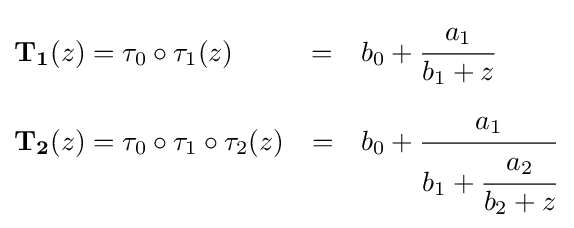
{\begin{aligned}{\boldsymbol {\mathrm {T} }}_{\boldsymbol {1}}(z)&=\tau _{0}\circ \tau _{1}(z)&=&\quad b_{0}+{\cfrac {a_{1}}{b_{1}+z}}\\[4px]{\boldsymbol {\mathrm {T} }}_{\boldsymbol {2}}(z)&=\tau _{0}\circ \tau _{1}\circ \tau _{2}(z)&=&\quad b_{0}+{\cfrac {a_{1}}{b_{1}+{\cfrac {a_{2}}{b_{2}+z}}}}\,\end{aligned}}